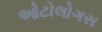
ઓટોલોગસ